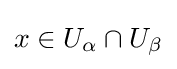
x\in U_{\alpha }\cap U_{\beta }